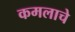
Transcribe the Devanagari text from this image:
कमलाचे